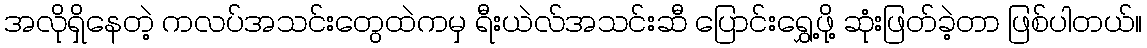
အလိုရှိနေတဲ့ ကလပ်အသင်းတွေထဲကမှ ရီးယဲလ်အသင်းဆီ ပြောင်းရွှေ့ဖို့ ဆုံးဖြတ်ခဲ့တာ ဖြစ်ပါတယ်။